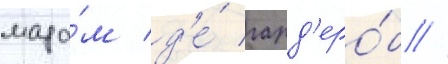
мада́м д'е́ гард'еро́б //